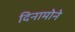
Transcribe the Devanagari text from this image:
दिनामोने